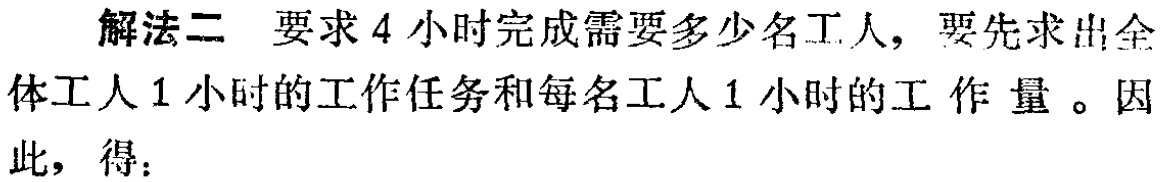
解法二 要求4小时完成需要多少名工人，要先求出全体工人1小时的工作任务和每名工人1小时的工作量。因此，得：